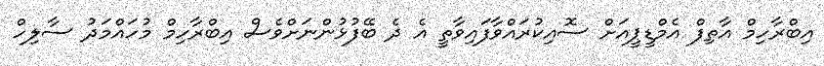
އިބްރާހިމް އާތިފް އެމްޑީޕީއަށް ސޮއިކުރައްވާފައިވާތީ އެ ދެ ބޭފުޅުންނަށްވެސް އިބްރާހިމް މުހައްމަދު ސާލިހް